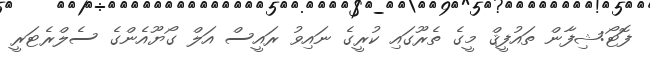
ފޮޓޯ:ޝިފާން ތަައުފީޤް މީގެ ތެރޫގައި ކުރީގެ ނައިވު ރައީސް އަލް ގޯޔޫއެންގެ ސެލްރެޓަރީ